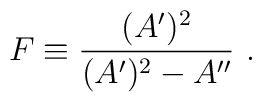
F\equiv{{(A^\prime)^2}\over{(A^\prime)^2-A^{\prime\prime}}}~.